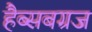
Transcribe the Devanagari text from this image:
हैब्सबग्रज